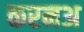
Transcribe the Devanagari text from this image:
करनअ